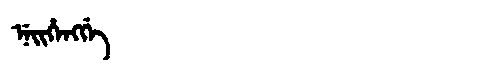
Manchu: ᠨᡝᡳᡥᡝᠩᡤᡝ
Romanization: NEIHENGGE